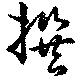
撰